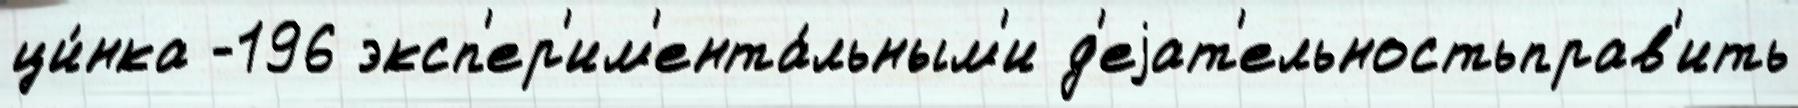
ци́нка -196 эксп'ер'им'ента́льным'и д'еjат'ельностьправ'ить